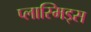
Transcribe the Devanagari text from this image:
प्लास्मिड्स